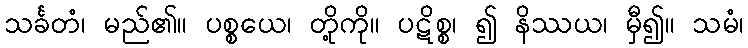
သင်္ခတံ၊ မည်၏။ ပစ္စယေ၊ တို့ကို။ ပဋိစ္စ၊ ၍ နိဿယ၊ မှီ၍။ သမံ၊